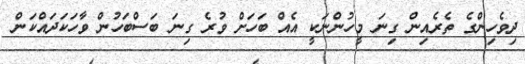
ދިވެހިންގެ ތެރެއިން ގިނަ މީހުންނަކީ އެއް ބަހަށް ވުރެ ގިނަ ބަސްބަހުން ވާހަކަދައްކަން